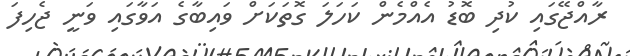
ރާއްޖޭގައި ކުދި ބޮޑު އެއްމެން ކަހަލަ ގޮތަކަށް ވައިބާގެ އަވާގައި ވަނީ ޖެހިފަ